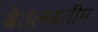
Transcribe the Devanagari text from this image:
बेतलबतीम